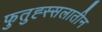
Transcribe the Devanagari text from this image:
फुतुह्स्सलातीन